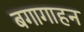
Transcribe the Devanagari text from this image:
बगागाहन